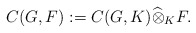
\begin{align*}C(G,F):= C(G,K)\widehat{\otimes}_{K} F. \end{align*}